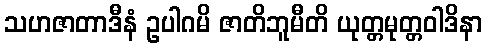
သဟဇာတာဒီနံ ဥပါဂမိ ဇာတိဘူမီတိ ယုတ္တမုတ္တဝါဒိနာ